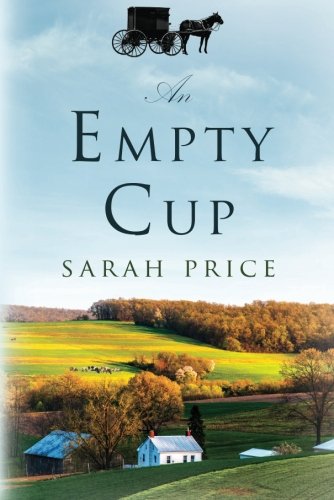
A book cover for An Empty Cup; Sarah Price; Religion & Spirituality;